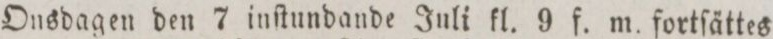
Ousdagen den 7 inſtundande Juli kl. 9 f. m. fortſättes